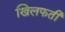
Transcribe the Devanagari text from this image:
खिलफती